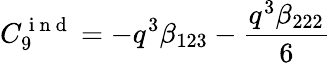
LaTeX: C_{9}^{\mathrm{~i~n~d~}}=-q^{3}\beta_{123}-\frac{q^{3}\beta_{222}}{6}